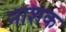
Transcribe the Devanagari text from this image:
नाश्‍ाक